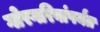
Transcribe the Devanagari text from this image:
गोरगरिबांपर्यंत